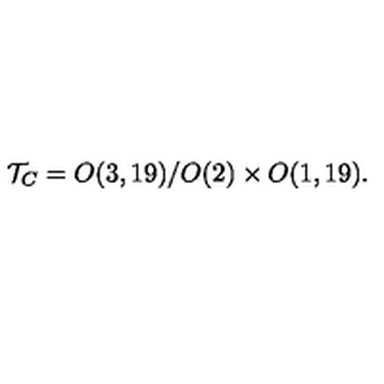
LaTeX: { \cal T } _ { C } = O ( 3 , 1 9 ) / O ( 2 ) \times O ( 1 , 1 9 ) .